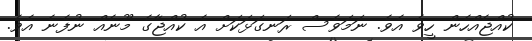
ކުއްޖެއްހެން ހީވެ އެވެ. ނަމަވެސް ރަނގަޅަކަށް އެ ކުއްޖާގެ މޫނެއް ނުފެނެ އެވެ.